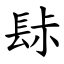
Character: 䦊